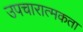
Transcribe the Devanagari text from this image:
उपचारात्मकता